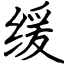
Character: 缓